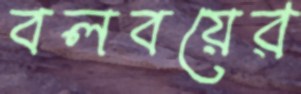
বলবয়ের